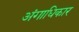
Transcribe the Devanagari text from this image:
अंगाधिकार